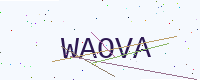
Text: WAOVA